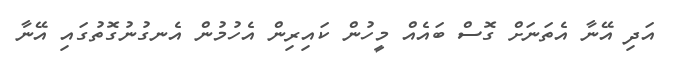
އަދި އޭނާ އެތަނަށް ގޮސް ބައެއް މީހުން ކައިރިން އެހުމުން އެނގުނުގޮތުގައި އޭނާ